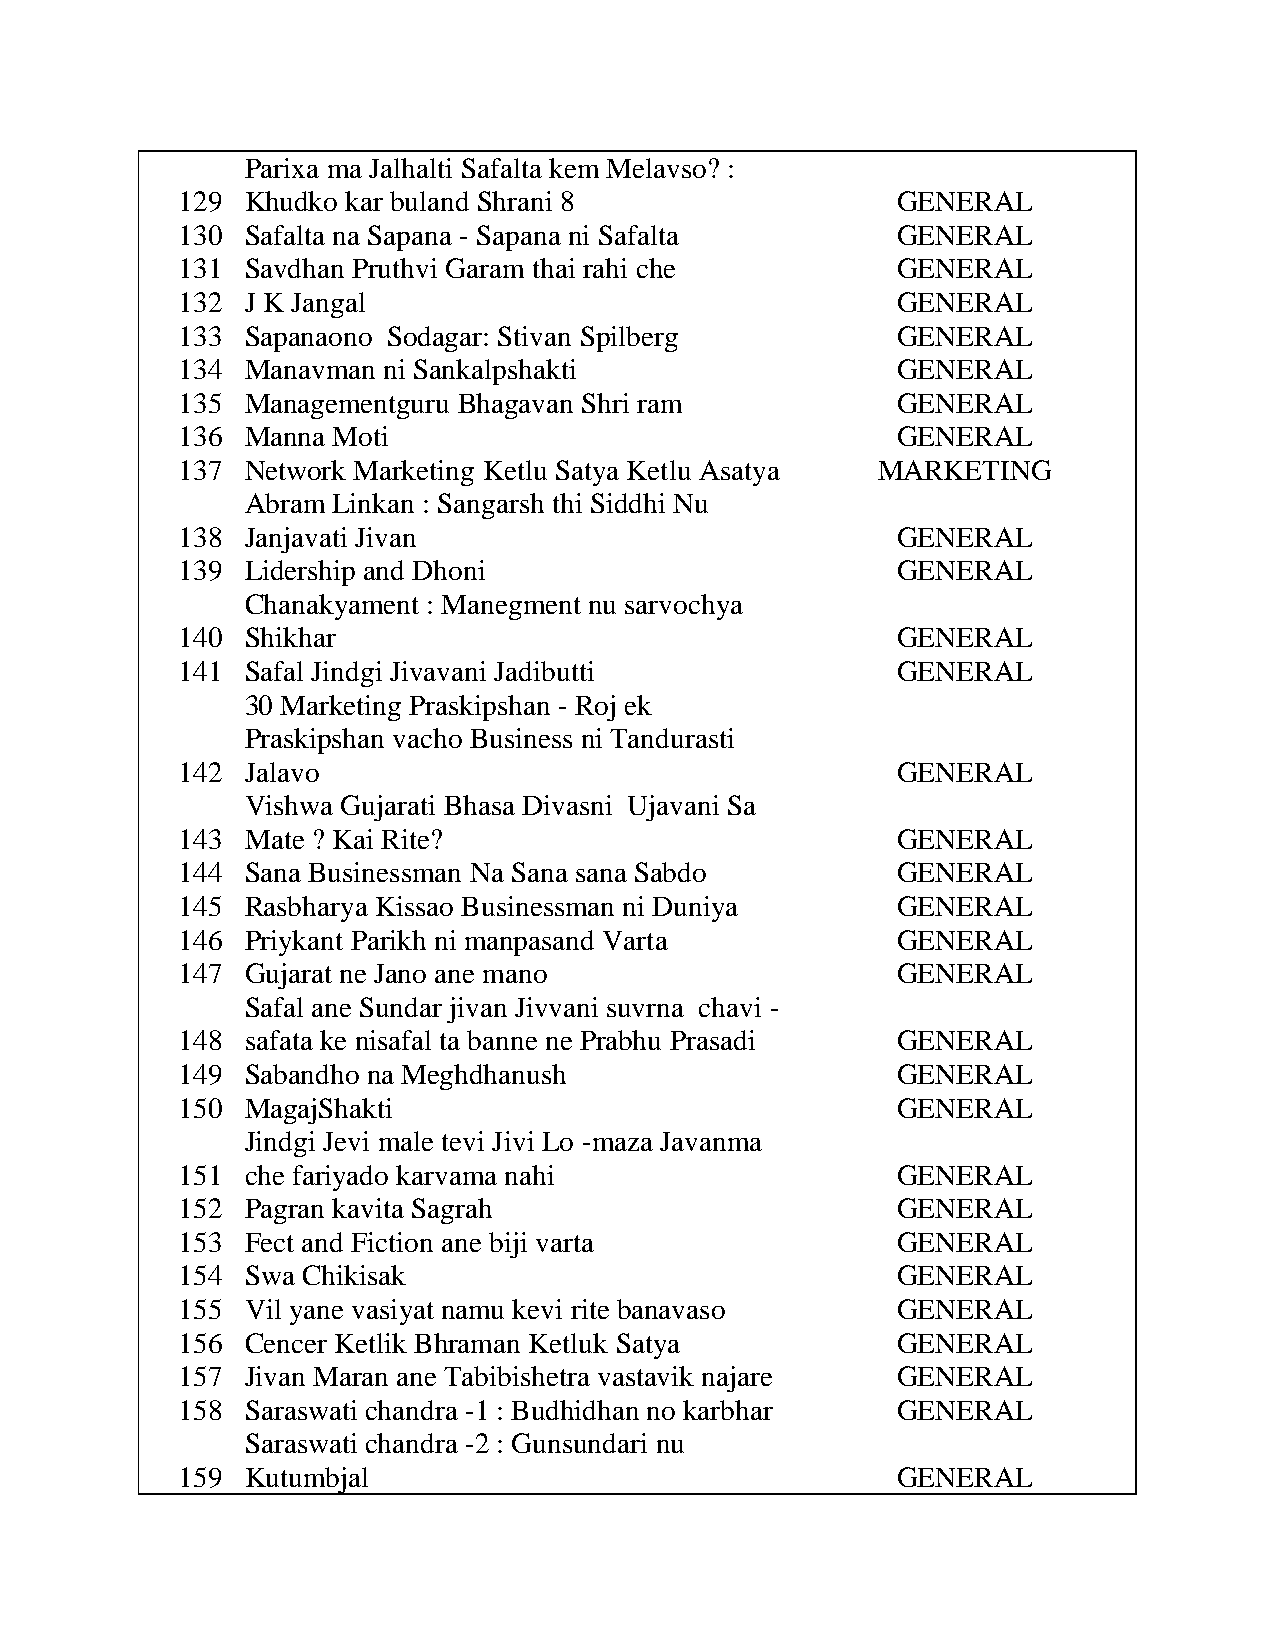
Parixa ma Jalhalti Safalta kem Melavso? :
 129 Khudko kar buland Shrani 8                 GENERAL
 130 Safalta na Sapana - Sapana ni Safalta      GENERAL
 131 Savdhan Pruthvi Garam thai rahi che        GENERAL
 132 J K Jangal                                 GENERAL
 133 Sapanaono Sodagar: Stivan Spilberg         GENERAL
 134 Manavman ni Sankalpshakti                  GENERAL
 135 Managementguru Bhagavan Shri ram           GENERAL
 136 Manna Moti                                 GENERAL
 137 Network Marketing Ketlu Satya Ketlu Asatya MARKETING
 Abram Linkan : Sangarsh thi Siddhi Nu
 138 Janjavati Jivan                            GENERAL
 139 Lidership and Dhoni                        GENERAL
 Chanakyament : Manegment nu sarvochya
 140 Shikhar                                    GENERAL
 141 Safal Jindgi Jivavani Jadibutti            GENERAL
 30 Marketing Praskipshan - Roj ek
 Praskipshan vacho Business ni Tandurasti
 142 Jalavo                                     GENERAL
 Vishwa Gujarati Bhasa Divasni Ujavani Sa
 143 Mate ? Kai Rite?                           GENERAL
 144 Sana Businessman Na Sana sana Sabdo        GENERAL
 145 Rasbharya Kissao Businessman ni Duniya     GENERAL
 146 Priykant Parikh ni manpasand Varta         GENERAL
 147 Gujarat ne Jano ane mano                   GENERAL
 Safal ane Sundar jivan Jivvani suvrna chavi -
 148 safata ke nisafal ta banne ne Prabhu Prasadi GENERAL
 149 Sabandho na Meghdhanush                    GENERAL
 150 MagajShakti                                GENERAL
 Jindgi Jevi male tevi Jivi Lo -maza Javanma
 151 che fariyado karvama nahi                  GENERAL
 152 Pagran kavita Sagrah                       GENERAL
 153 Fect and Fiction ane biji varta            GENERAL
 154 Swa Chikisak                               GENERAL
 155 Vil yane vasiyat namu kevi rite banavaso   GENERAL
 156 Cencer Ketlik Bhraman Ketluk Satya         GENERAL
 157 Jivan Maran ane Tabibishetra vastavik najare GENERAL
 158 Saraswati chandra -1 : Budhidhan no karbhar GENERAL
 Saraswati chandra -2 : Gunsundari nu
 159 Kutumbjal                                  GENERAL